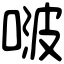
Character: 啵